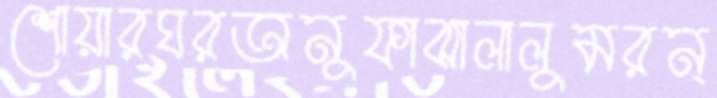
শোয়ারঘরঅনুফাঝালালুমরন্